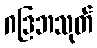
ဂဒြဘသုတ်